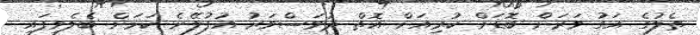
ތެލުގެ އަގު ވަރަށް ބޮޑަށް ކުރިއަށް އޮތް ދުވަސްވަރު އުފުލޭނެ ކަމަށް ބެލެވިފައި